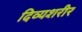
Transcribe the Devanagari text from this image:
दिव्यशरीर